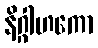
နိဂ္ဂါဟကော